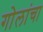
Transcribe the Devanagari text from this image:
गोलांचा